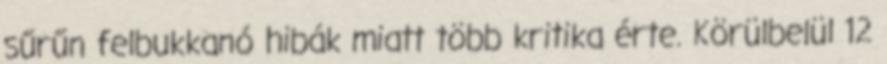
sűrűn felbukkanó hibák miatt több kritika érte. Körülbelül 12